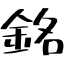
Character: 銘